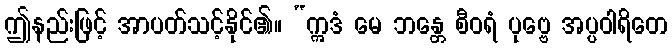
ဤနည်းဖြင့် အာပတ်သင့်နိုင်၏။ “ဣဒံ မေ ဘန္တေ စီဝရံ ပုဗ္ဗေ အပ္ပဝါရိတေ